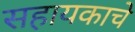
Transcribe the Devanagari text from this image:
सहायकाचे